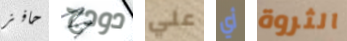
حافز دودج علي أي الثروة